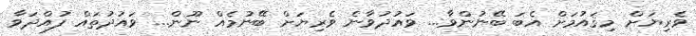
ވެރިޔަށް މިޤައުމަށް އެބަ ބޭނުންވާ... ވައުދުވާނެ ވެރިޔަށް ބޭނުމެއް ނޫން... ވައުދުތައް ފުއްދަވާ